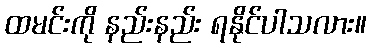
ထမင်းကို နည်းနည်း ရနိုင်ပါသလား။